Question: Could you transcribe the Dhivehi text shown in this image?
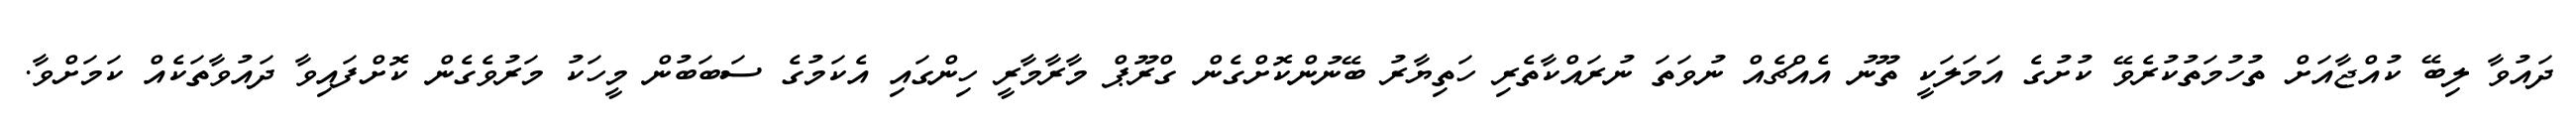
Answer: ދައުވާ ލިބޭ ކުއްޖާއަށް ތުހުމަތުކުރެވޭ ކުށުގެ އަމަލަކީ ތޫނު އެއްޗެއް ނުވަތަ ނުރައްކާތެރި ހަތިޔާރު ބޭނުންކޮށްގެން ގްރޫޕް މާރާމާރީ ހިންގައި އެކަމުގެ ސަބަބުން މީހަކު މަރުވެގެން ކޮށްފައިވާ ދައުވާތަކެއް ކަމަށްވާ.